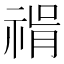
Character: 𥚝